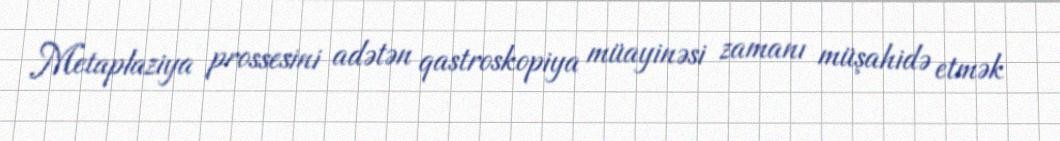
Metaplaziya prossesini adətən qastroskopiya müayinəsi zamanı müşahidə etmək